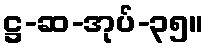
ဋ္ဌ-ဆ-အုပ်-၃၅။